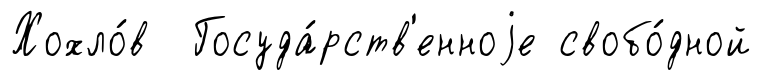
Хохло́в Госуда́рств'енноjе свобо́дной